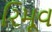
રિમૂવ